Tezpur Lunatic Asylum reports 1877-1894 - 1877-1894
Year: 1877
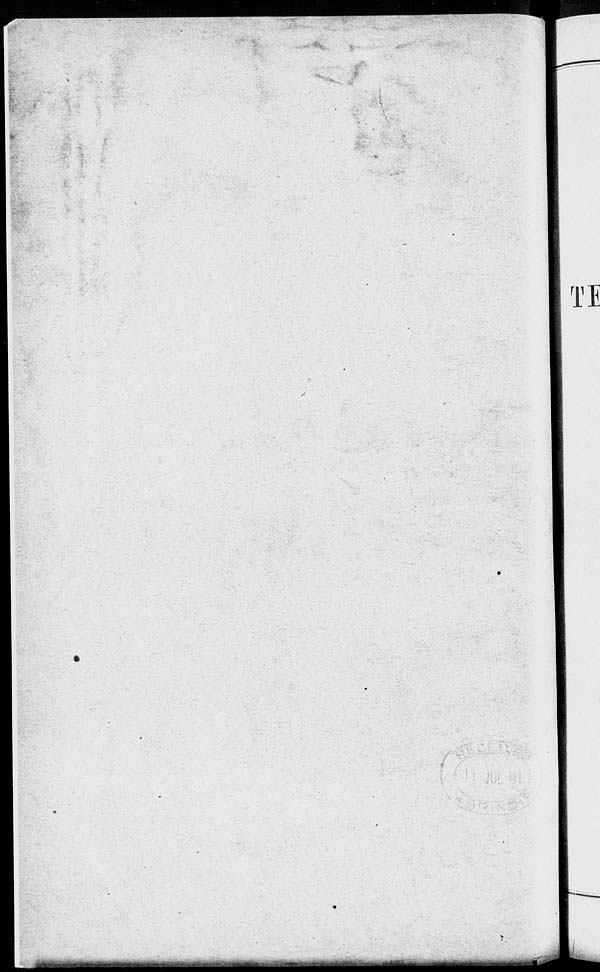
II